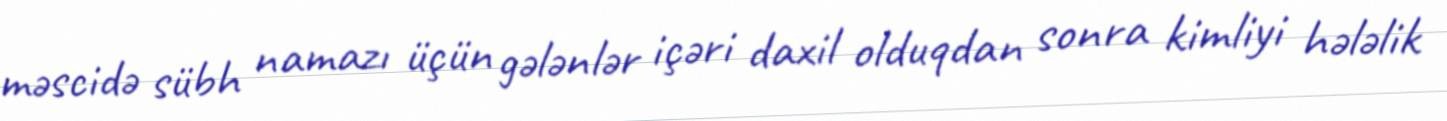
məscidə sübh namazı üçün gələnlər içəri daxil olduqdan sonra kimliyi hələlik